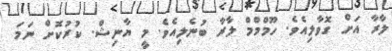
ލާރާ އަށް ގޮވާލިއެވެ. ހޫމްމްމް ލާރާ ބުނެލިއެވެ. މީ ޔާނިޝް. ކުރުކޮށް ނަމަ